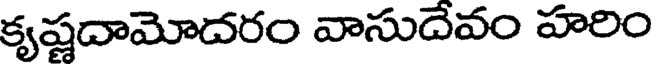
కృష్ణదామోదరం వాసుదేవం హరిం